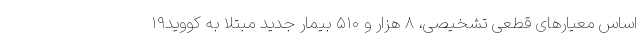
اساس معیارهای قطعی تشخیصی، ۸ هزار و ۵۱۰ بیمار جدید مبتلا به کووید۱۹